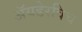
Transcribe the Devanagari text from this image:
ॲयडेरविच